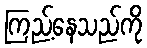
ကြည့်နေသည်ကို